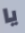
يا